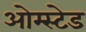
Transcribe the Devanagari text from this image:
ओम्स्टेड